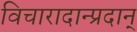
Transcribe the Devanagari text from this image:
विचारादान्प्रदान्